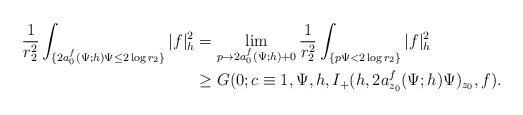
LaTeX: \begin{align*}\frac{1}{r_2^2}\int_{\{2a_0^f(\Psi;h)\Psi\le2\log r_2\}}|f|^2_h&=\lim_{p\rightarrow2a_0^f(\Psi;h)+0}\frac{1}{r_2^2}\int_{\{p\Psi<2\log r_2\}}|f|^2_h\\&\ge G(0;c\equiv1,\Psi,h,I_+(h,2a_{z_0}^f(\Psi;h)\Psi)_{z_0},f).\end{align*}